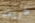
طريقه